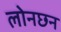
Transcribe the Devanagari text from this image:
लोनछन